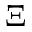
\Xi